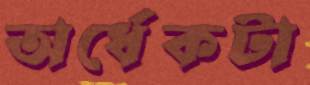
অর্ধেকটা